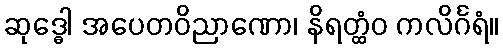
ဆုဒ္ဓေါ အပေတဝိညာဏော၊ နိရတ္ထံဝ ကလိင်္ဂရံ။